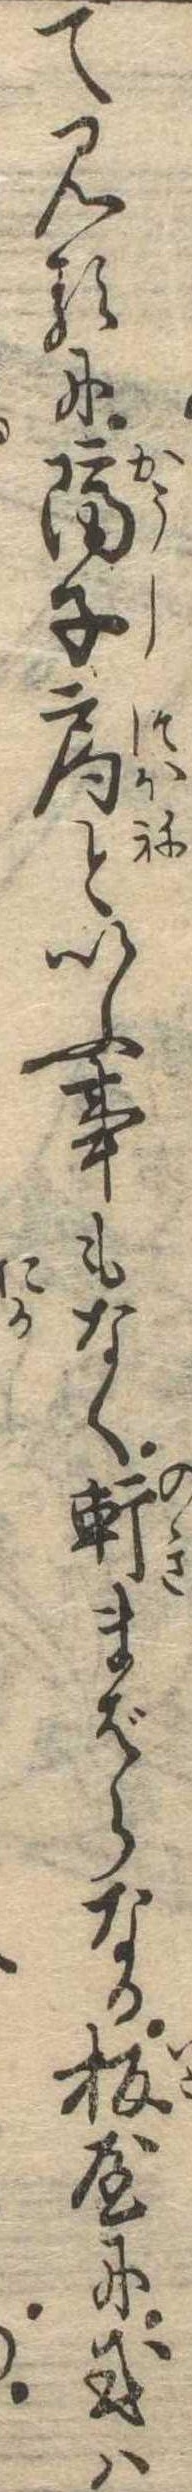
て見るに隔子局といふ事もなく軒まばらなる板屋に或は